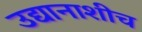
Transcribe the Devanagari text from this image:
उद्यानाशीच